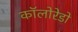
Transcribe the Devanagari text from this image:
कॉलोरेडो